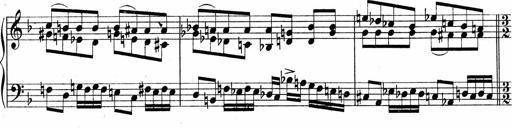
Title: Sonatina No.5
Composer: Otto Stoll
Key: F-sharp minor